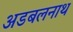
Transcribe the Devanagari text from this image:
अडबलनाथ